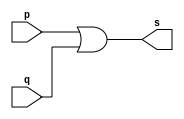
// -------------------------
// Exemplo0004 - OR
// Nome: Davidson Francis
// -------------------------

// -------------------------
// -- OR gate
// -------------------------
module orgate (output s, 
                input p, input q);

  assign s = p | q; // criar vinculo permanente (dependencia)
endmodule // or gate

// -------------------------
// -- test or gate
// -------------------------

module testorgate;

// ------------------------- dados locais
reg a,b; // definir registrador
wire s; // definir conexao (fio)

// ------------------------- instancia
orgate OR1 (s, a,b);
// ------------------------- preparacao

initial begin:start
  a=0;b=0;
end


// ------------------------- parte principal
initial begin:main
               // execucao unitaria
  $display("Exemplo 0004 - DavidsonFrancis - 466499");
  $display("Test OR gate:");
  $display("\na & b = s\n");
 
  a = 0; b = 0;
  #1 $display("%b | %b = %b", a, b, s);
  a = 0; b = 1;
  #1 $display("%b | %b = %b", a, b, s);
  a = 1; b = 0;
  #1 $display("%b | %b = %b", a, b, s);
  a = 1; b = 1;
  #1 $display("%b | %b = %b", a, b, s);
  end
endmodule // testorgate